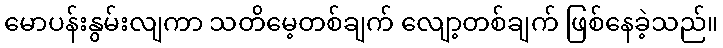
မောပန်းနွမ်းလျကာ သတိမေ့တစ်ချက် လျော့တစ်ချက် ဖြစ်နေခဲ့သည်။